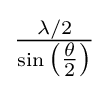
{\textstyle {\frac {\lambda /2}{\sin {\bigl (}{\tfrac {\theta }{2}}{\bigr )}}}}